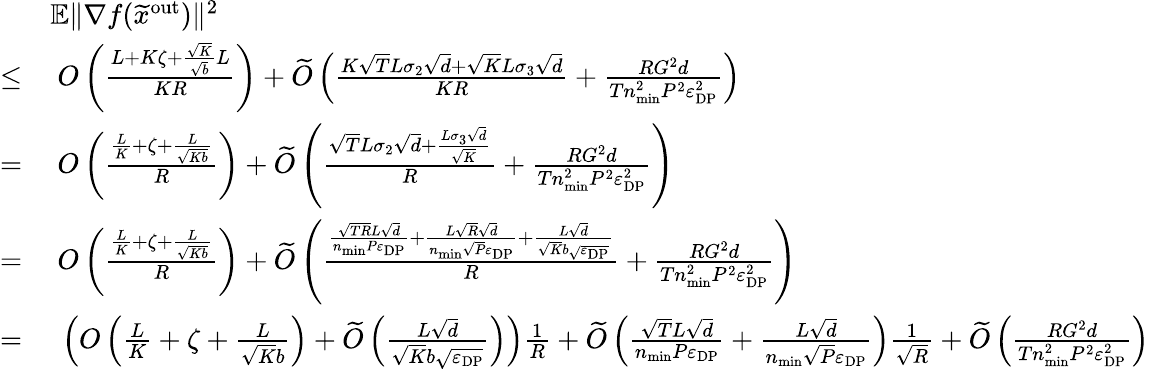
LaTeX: \begin{array}{rl}&{\mathbb{E}\| \nabla f(\widetilde x^{\mathrm{out}})\| ^{2}}\\ {\leq}&{\ O\left(\frac{L+K\zeta+\frac{\sqrt{K}}{\sqrt{b}}L}{KR}\right)+\widetilde O\left(\frac{K\sqrt{T}L\sigma_{2}\sqrt{d}+\sqrt{K}L\sigma_{3}\sqrt{d}}{KR}+\frac{RG^{2}d}{Tn_{\mathrm{min}}^{2}P^{2}\varepsilon_{\mathrm{DP}}^{2}}\right)}\\ {=}&{\ O\left(\frac{\frac{L}{K}+\zeta+\frac{L}{\sqrt{Kb}}}{R}\right)+\widetilde O\left(\frac{\sqrt{T}L\sigma_{2}\sqrt{d}+\frac{L\sigma_{3}\sqrt{d}}{\sqrt{K}}}{R}+\frac{RG^{2}d}{Tn_{\mathrm{min}}^{2}P^{2}\varepsilon_{\mathrm{DP}}^{2}}\right)}\\ {=}&{\ O\left(\frac{\frac{L}{K}+\zeta+\frac{L}{\sqrt{Kb}}}{R}\right)+\widetilde O\left(\frac{\frac{\sqrt{TR}L\sqrt{d}}{n_{\mathrm{min}}P\varepsilon_{\mathrm{DP}}}+\frac{L\sqrt{R}\sqrt{d}}{n_{\mathrm{min}}\sqrt{P}\varepsilon_{\mathrm{DP}}}+\frac{L\sqrt{d}}{\sqrt{K}b\sqrt{\varepsilon_{\mathrm{DP}}}}}{R}+\frac{RG^{2}d}{Tn_{\mathrm{min}}^{2}P^{2}\varepsilon_{\mathrm{DP}}^{2}}\right)}\\ {=}&{\ \left(O\left(\frac{L}{K}+\zeta+\frac{L}{\sqrt{K}b}\right)+\widetilde O\left(\frac{L\sqrt{d}}{\sqrt{K}b\sqrt{\varepsilon_{\mathrm{DP}}}}\right)\right)\frac{1}{R}+\widetilde O\left(\frac{\sqrt{T}L\sqrt{d}}{n_{\mathrm{min}}P\varepsilon_{\mathrm{DP}}}+\frac{L\sqrt{d}}{n_{\mathrm{min}}\sqrt{P}\varepsilon_{\mathrm{DP}}}\right)\frac{1}{\sqrt{R}}+\widetilde O\left(\frac{RG^{2}d}{Tn_{\mathrm{min}}^{2}P^{2}\varepsilon_{\mathrm{DP}}^{2}}\right)}\end{array}